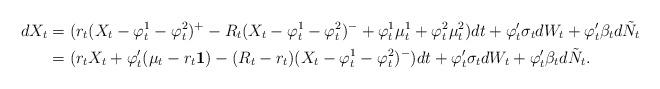
LaTeX: \begin{align*}dX_t & = (r_t (X_t- \varphi_t^1 - \varphi_t^2)^+- R_t (X_t- \varphi_t^1 - \varphi_t^2)^-+\varphi_t^1 \mu^1_t +\varphi_t^2 \mu^2_t ) dt + \varphi_t' \sigma_t dW_t + \varphi_t' \beta_t d\tilde N_t \\& = (r_t X_t+\varphi_t' (\mu_t - r_t{\bf 1}) - (R_t -r_t)(X_t- \varphi_t^1 - \varphi_t^2)^-) dt+ \varphi_t' \sigma_t dW_t + \varphi_t' \beta_t d\tilde N_t.\end{align*}